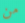
من